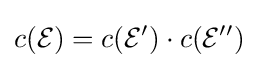
c({\mathcal {E}})=c({\mathcal {E}}')\cdot c({\mathcal {E}}'')